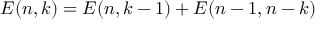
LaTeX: E ( n , k ) = E ( n , k - 1 ) + E ( n - 1 , n - k )